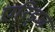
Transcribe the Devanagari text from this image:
एरिड्‌ज